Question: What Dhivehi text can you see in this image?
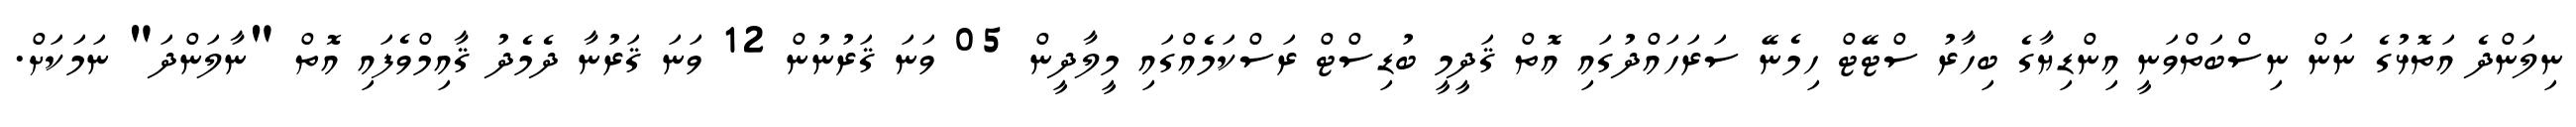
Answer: ނިލަންދެ އަތޮޅުގެ ނަން ނިސްބަތްވަނީ އިންޑިޔާގެ ބިހާރު ސްޓޭޓް ހިމެނޭ ސަރަހައްދުގައި އޮތް ޤަދީމީ ބުޑިސްޓް ރަސްކަމެއްގައި މީލާދީން 05 ވަނަ ޤަރުނުން 12 ވަނަ ޤަރުނާ ދެމެދު ޤާއިމްވެފައި އޮތް "ނާލަންދަ" ނަމަކަށް.